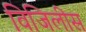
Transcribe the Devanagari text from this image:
विजिलीस